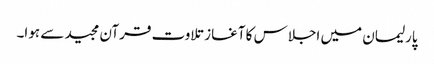
پارلیمان میں اجلاس کا آغاز تلاوت قرآن مجید سے ہوا۔